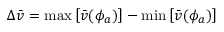
\Delta \bar { v } = \operatorname* { m a x } \left[ \bar { v } ( \phi _ { a } ) \right] - \operatorname* { m i n } \left[ \bar { v } ( \phi _ { a } ) \right]